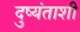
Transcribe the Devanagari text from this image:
दुष्यंताशी